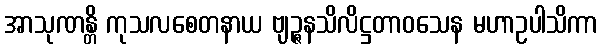
အာသုဏန္တိ ကုသလစေတနာယ ဗျဉ္ဇနသိလိဋ္ဌတာဝသေန မဟာဥပါသိကာ